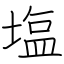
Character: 塩